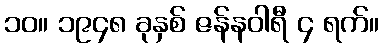
၁၀။ ၁၉၄၈ ခုနှစ် ဇန်နဝါရီ ၄ ရက်။